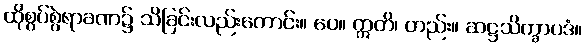
ထိုစွပ်စွဲရာခဏ၌ သိခြင်းလည်းကောင်း။ ပေ။ ဣတိ၊ တည်း။ ဆဋ္ဌသိက္ခာပဒံ။